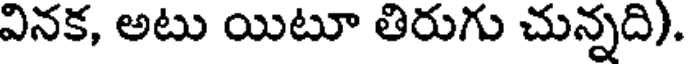
వినక, అటు యిటూ తిరుగు చున్నది).